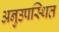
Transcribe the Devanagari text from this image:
अनुउपस्थित